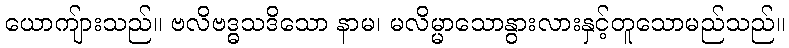
ယောကျ်ားသည်။ ဗလိဗဒ္ဓသဒိသော နာမ၊ မလိမ္မာသောနွားလားနှင့်တူသောမည်သည်။